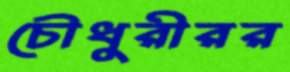
চৌধুরীরর